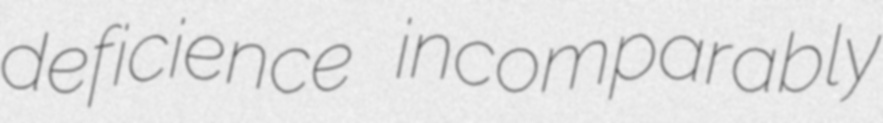
deficience incomparably